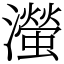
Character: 㶈